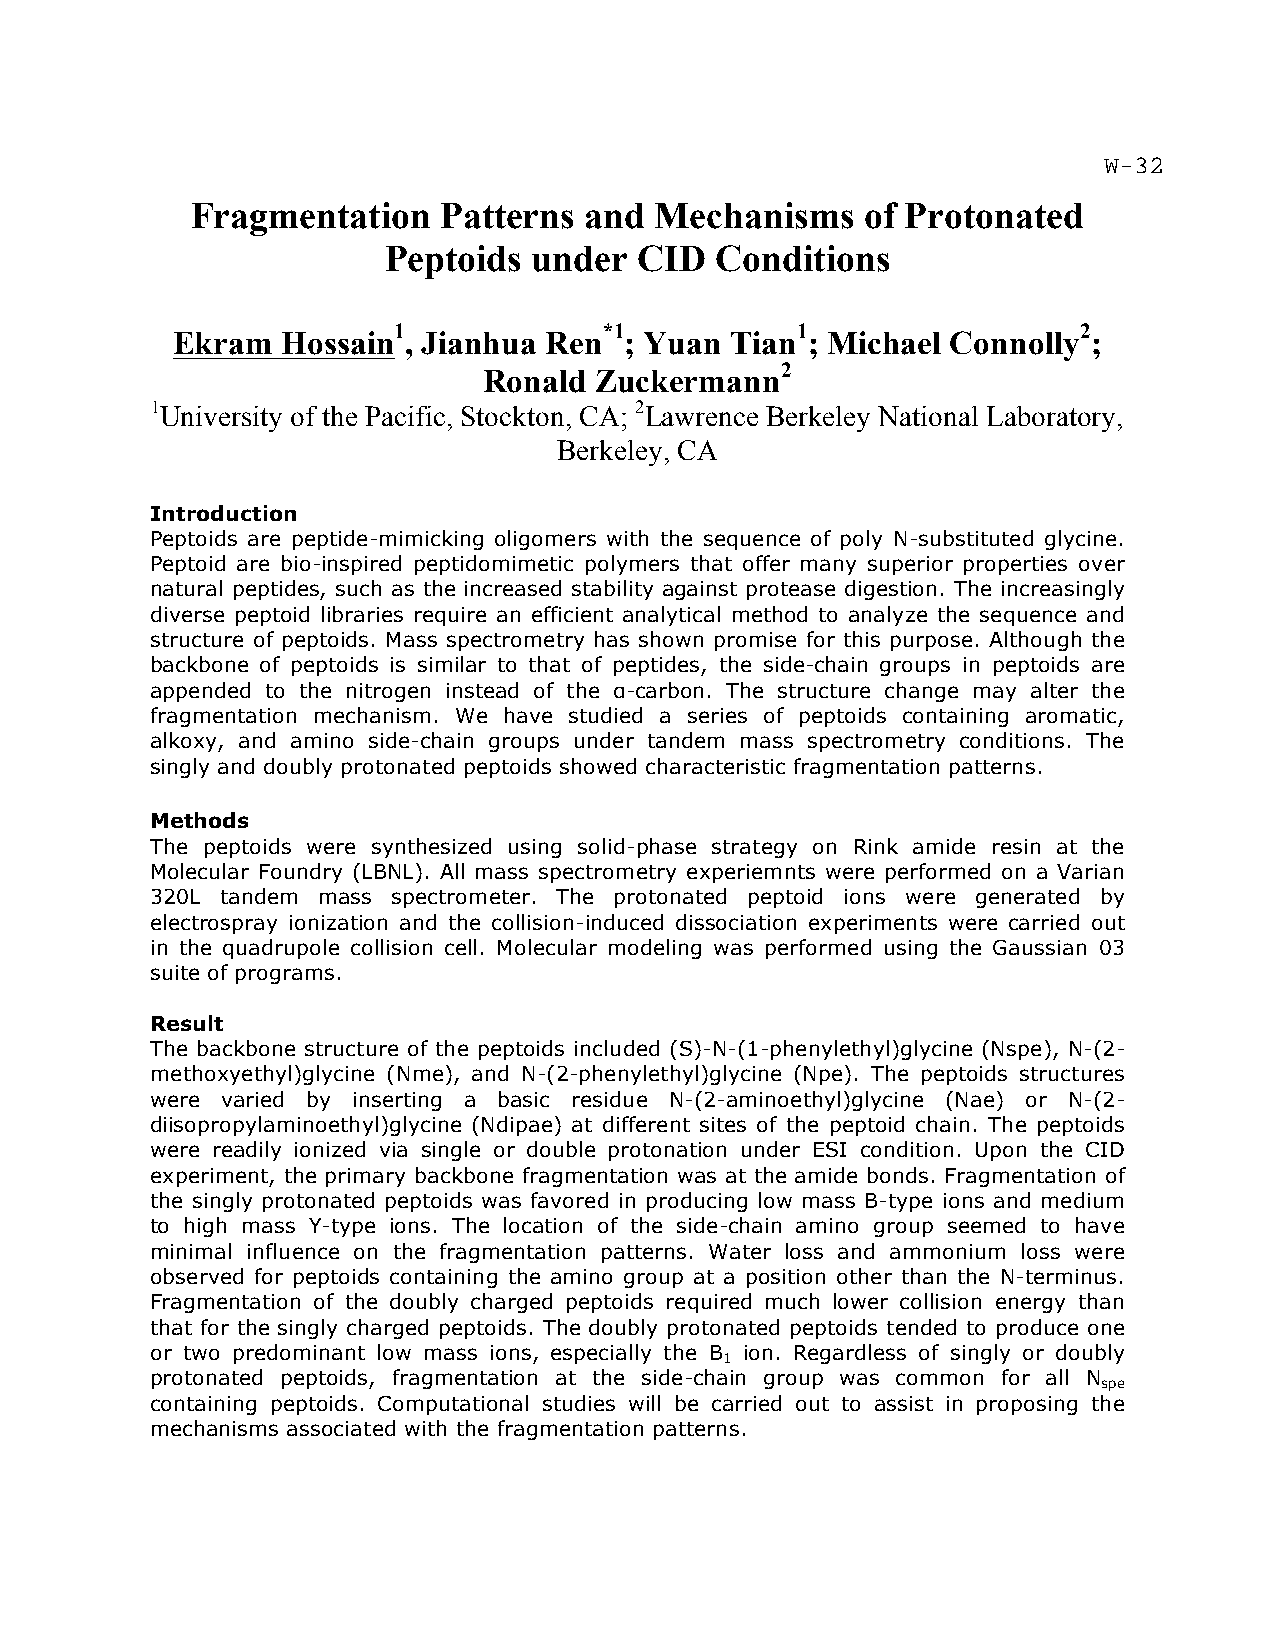
Fragmentation   Patterns  and Mechanisms    of Protonated
 Peptoids  under  CID  Conditions
 1             *1           1                 2
 Ekram   Hossain , Jianhua Ren ; Yuan Tian ; Michael Connolly ;
 2
 Ronald Zuckermann
 1University of the Pacific, Stockton, CA; 2Lawrence Berkeley National Laboratory,
 Berkeley, CA
 Introduction
 Peptoids are peptide-mimicking oligomers with the sequence of poly N-substituted glycine.
 Peptoid are bio-inspired peptidomimetic polymers that offer many superior properties over
 natural peptides, such as the increased stability against protease digestion. The increasingly
 diverse peptoid libraries require an efficient analytical method to analyze the sequence and
 structure of peptoids. Mass spectrometry has shown promise for this purpose. Although the
 backbone of peptoids is similar to that of peptides, the side-chain groups in peptoids are
 appended to the nitrogen instead of the α-carbon. The structure change may alter the
 fragmentation mechanism. We have studied a series of peptoids containing aromatic,
 alkoxy, and amino side-chain groups under tandem mass spectrometry conditions. The
 singly and doubly protonated peptoids showed characteristic fragmentation patterns.
 Methods
 The peptoids were synthesized using solid-phase strategy on Rink amide resin at the
 Molecular Foundry (LBNL). All mass spectrometry experiemnts were performed on a Varian
 320L tandem mass spectrometer. The protonated peptoid ions were generated by
 electrospray ionization and the collision-induced dissociation experiments were carried out
 in the quadrupole collision cell. Molecular modeling was performed using the Gaussian 03
 suite of programs.
 Result
 The backbone structure of the peptoids included (S)-N-(1-phenylethyl)glycine (Nspe), N-(2-
 methoxyethyl)glycine (Nme), and N-(2-phenylethyl)glycine (Npe). The peptoids structures
 were varied by inserting a basic residue N-(2-aminoethyl)glycine (Nae) or N-(2-
 diisopropylaminoethyl)glycine (Ndipae) at different sites of the peptoid chain. The peptoids
 were readily ionized via single or double protonation under ESI condition. Upon the CID
 experiment, the primary backbone fragmentation was at the amide bonds. Fragmentation of
 the singly protonated peptoids was favored in producing low mass B-type ions and medium
 to high mass Y-type ions. The location of the side-chain amino group seemed to have
 minimal influence on the fragmentation patterns. Water loss and ammonium loss were
 observed for peptoids containing the amino group at a position other than the N-terminus.
 Fragmentation of the doubly charged peptoids required much lower collision energy than
 that for the singly charged peptoids. The doubly protonated peptoids tended to produce one
 or two predominant low mass ions, especially the B ion. Regardless of singly or doubly
 1
 protonated peptoids, fragmentation at the side-chain group was common for all N
 spe
 containing peptoids. Computational studies will be carried out to assist in proposing the
 mechanisms associated with the fragmentation patterns.